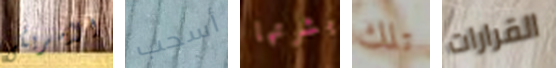
الأمريكى أسحب بشرتها تلك القرارات